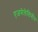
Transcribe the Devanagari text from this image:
एजमेलेलिनीन